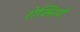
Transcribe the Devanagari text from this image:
रोक्सियो